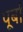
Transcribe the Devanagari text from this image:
पूर्बा